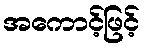
အကောင့်ဖြင့်